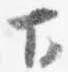
下